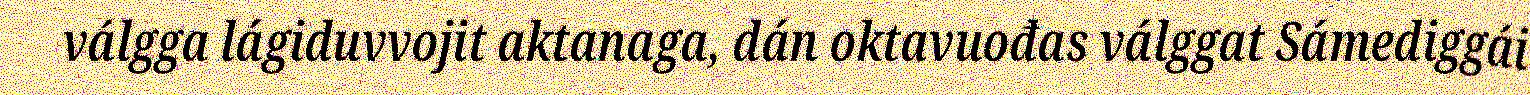
válgga lágiduvvojit aktanaga, dán oktavuođas válggat Sámediggái